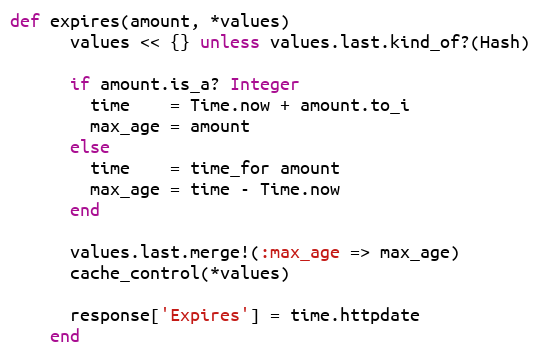
Language: Ruby
def expires(amount, *values)
      values << {} unless values.last.kind_of?(Hash)

      if amount.is_a? Integer
        time    = Time.now + amount.to_i
        max_age = amount
      else
        time    = time_for amount
        max_age = time - Time.now
      end

      values.last.merge!(:max_age => max_age)
      cache_control(*values)

      response['Expires'] = time.httpdate
    end